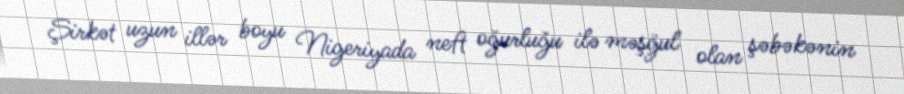
Şirkət uzun illər boyu Nigeriyada neft oğurluğu ilə məşğul olan şəbəkənin